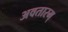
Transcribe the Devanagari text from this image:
अवतारम्